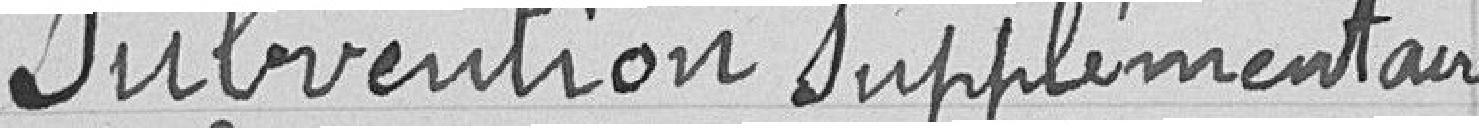
Subvention supplémentaire